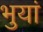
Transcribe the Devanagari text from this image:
भुयां